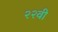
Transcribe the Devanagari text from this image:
२२वी